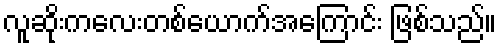
လူဆိုးကလေးတစ်ယောက်အကြောင်း ဖြစ်သည်။